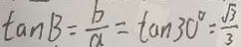
\tan B = \frac { b } { a } = \tan 3 0 ^ { \circ } = \frac { \sqrt { 3 } } { 3 }